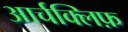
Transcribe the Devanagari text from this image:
आर्चक्लिफ़